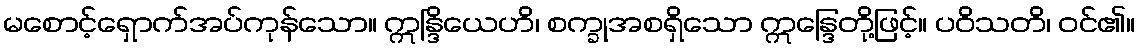
မစောင့်ရှောက်အပ်ကုန်သော။ ဣန္ဒြိယေဟိ၊ စက္ခုအစရှိသော ဣန္ဒြေတို့ဖြင့်။ ပဝိသတိ၊ ဝင်၏။